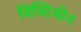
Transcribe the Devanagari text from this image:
विस्टियोन